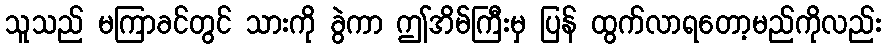
သူသည် မကြာခင်တွင် သားကို ခွဲကာ ဤအိမ်ကြီးမှ ပြန် ထွက်လာရတော့မည်ကိုလည်း